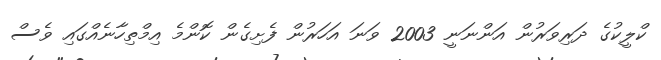
ކްލީކުގެ ދަރިވަރުން އަންނަނީ 2003 ވަނަ އަހަރުން ފެށިގެން ކޮންމެ އިމްތިހާނެއްގައި ވެސް